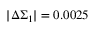
| \Delta \Sigma _ { 1 } | = 0 . 0 0 2 5